Lunatic asylums Bombay report 1878-1890 - 1878-1890
Year: 1878
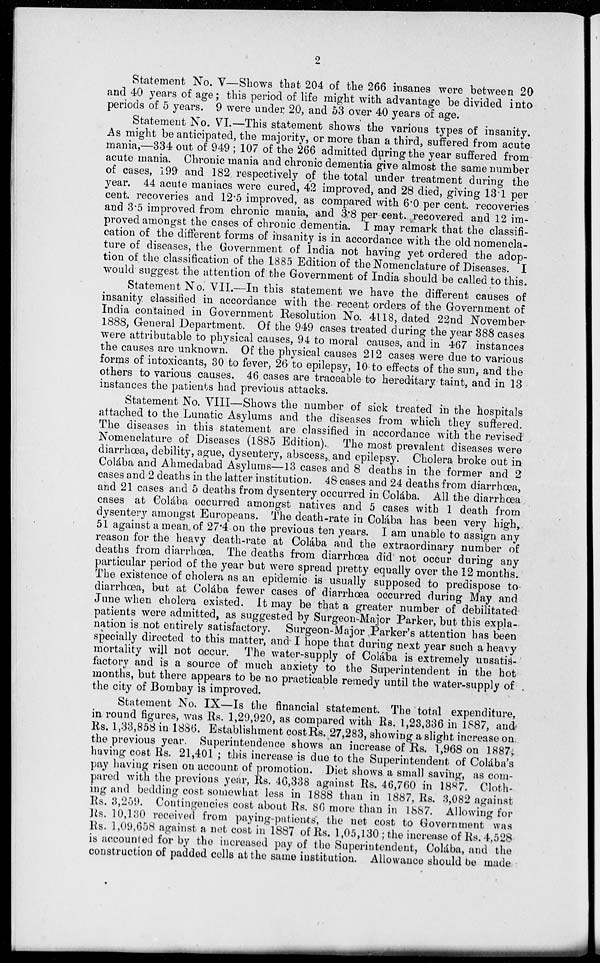
2
Statement No. V—Shows that 204 of the 266 insanes were between 20
and 40 years of age; this period of life might with advantage be divided into
periods of 5 years. 9 were under 20, and 53 over 40 years of age.
Statement No. VI.—This statement shows the various types of insanity.
As might be anticipated, the majority, or more than a third, suffered from acute
mania,—334 out of 949 ; 107 of the 266 admitted during the year suffered from
acute mania. Chronic mania and chronic dementia give almost the same number
of cases, 199 and 182 respectively of the total under treatment during the
year. 44 acute maniacs were cured, 42 improved, and 28 died, giving 13.1 per
cent. recoveries and 12.5 improved, as compared with 6.0 per cent. recoveries
and 3.5 improved from chronic mania, and 3.8 per cent. recovered and 12 im-
proved amongst the cases of chronic dementia. I may remark that the classifi-
cation of the different forms of insanity is in accordance with the old nomencla-
ture of diseases, the Government of India not having yet ordered the adop-
tion of the classification of the 1885 Edition of the Nomenclature of Diseases. I
would suggest the attention of the Government of India should be called to this.
Statement No. VII.—In this statement we have the different causes of
insanity classified in accordance with the recent orders of the Government of
India contained in Government Resolution No. 4118, dated 22nd November
1888, General Department. Of the 949 cases treated during the year 388 cases
were attributable to physical causes, 94 to moral causes, and in 467 instances
the causes are unknown. Of the physical causes 212 cases were due to various
forms of intoxicants, 30 to fever, 26 to epilepsy, 10 to effects of the sun, and the
others to various causes. 46 cases are traceable to hereditary taint, and in 13
instances the patients had previous attacks.
Statement No. VIII—Shows the number of sick treated in the hospitals
attached to the Lunatic Asylums and the diseases from which they suffered.
The diseases in this statement are classified in accordance with the revised
Nomenclature of Diseases (1885 Edition).. The most prevalent diseases were
diarrhœa, debility, ague, dysentery, abscess, and epilepsy. Cholera broke out in
Colába and Ahmedabad Asylums—13 cases and 8 deaths in the former and 2
cases and 2 deaths in the latter institution. 48 cases and 24 deaths from diarrhœa,
and 21 cases and 5 deaths from dysentery occurred in Colába. All the diarrhœa
cases at Colába occurred amongst natives and 5 cases with 1 death from
dysentery amongst Europeans. The death-rate in Colába has been very high,
51 against a mean of 27.4 on the previous ten years. I am unable to assign any
reason for the heavy death-rate at Colába and the extraordinary number of
deaths from diarrhœa. The deaths from diarrhœa did not occur during any
particular period of the year but were spread pretty equally over the 12 months.
The existence of cholera as an epidemic is usually supposed to predispose to
diarrhœa, but at Colába fewer cases of diarrhœa occurred during May and
June when cholera existed. It may be that a greater number of debilitated-
patients were admitted, as suggested by Surgeon-Major Parker, but this expla-
nation is not entirely satisfactory. Surgeon-Major Parker's attention has been
specially directed to this matter, and I hope that during next year such a heavy
mortality will not occur. The water-supply of Colába is extremely unsatis-
factory and is a source of much anxiety to the Superintendent in the hot
months, but there appears to be no practicable remedy until the water-supply of
the city of Bombay is improved.
Statement No. IX—Is the financial statement. The total expenditure,
in round figures, was Rs. 1,29,920, as compared with Rs. 1,23,336 in 1887, and
Rs. 1,33,858 in 1886. Establishment cost Rs. 27,283, showing a slight increase on
the previous year. Superintendence shows an increase of Rs. 1,968 on 1887,
having cost Rs. 21,401 ; this increase is due to the Superintendent of Colába's
pay having risen on account of promotion. Diet shows a small saving, as com-
pared with the previous year, Rs. 46,338 against Rs. 46,760 in 1887. Cloth-
ing and bedding cost somewhat less in 1888 than in 1887, Rs. 3,082 against
Rs. 3,259. Contingencies cost about Rs. 86 more than in 1887. Allowing for
Rs. 10,130 received from paying-patients, the net cost to Government was
Rs. 1,09,658 against a net cost in 1887 of Rs. 1,05,130 ; the increase of Rs. 4,528
is accounted for by the increased pay of the Superintendent, Colába, and the
construction of padded cells at the same institution. Allowance should be made